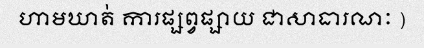
ហាមឃាត់ ការផ្សព្វផ្សាយ ជាសាធារណៈ )